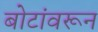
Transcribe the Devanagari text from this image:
बोटांवरून